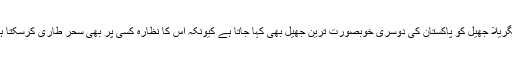
شنگریلا جھیل کو پاکستان کی دوسری خوبصورت ترین جھیل بھی کہا جاتا ہے کیونکہ اس کا نظارہ کسی پر بھی سحر طاری کرسکتا ہے۔